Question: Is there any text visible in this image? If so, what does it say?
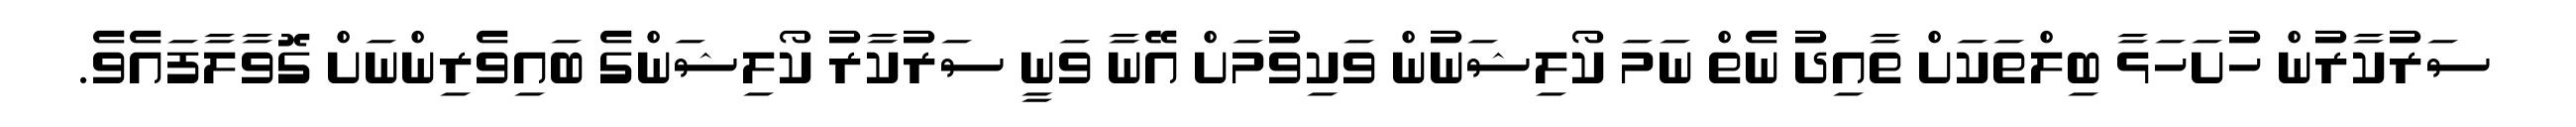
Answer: ސަރުކާރުން ހުށަހަޅާ ބިލްތަކަށް ތާއިދު ނެތް ނަމަ ކޯލިޝަނުން ވަކިވުމަށް އޭނާ ވަނީ ސަރުކާރު ކޯލިޝަންގެ ބައިވެރިންނަށް ގޮވާލާފައެވެ.